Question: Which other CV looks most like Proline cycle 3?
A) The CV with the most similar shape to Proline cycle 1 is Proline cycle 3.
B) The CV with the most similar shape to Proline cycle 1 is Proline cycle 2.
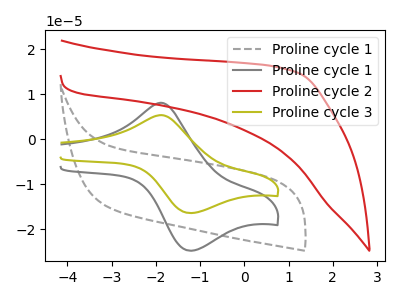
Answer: <think>The gray dashed curve "Proline cycle 1" has no peaks. The gray curve "Proline cycle 1" has an anodic peak at (-1.85V, 8.05uA) and a cathodic peak at (-1.25V, -24.75uA). The red curve "Proline cycle 2" has no peaks. The olive curve "Proline cycle 3" has an anodic peak at (-1.85V, 5.35uA) and a cathodic peak at (-1.25V, -16.40uA).
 "Proline cycle 1" and "Proline cycle 1" have a different number of peaks. Neither "Proline cycle 1" or "Proline cycle 2" have any peaks. "Proline cycle 1" and "Proline cycle 3" have a different number of peaks. "Proline cycle 1" and "Proline cycle 2" have a different number of peaks. All the peaks in "Proline cycle 1" have a peak in "Proline cycle 3" at the same potential. Every peak in "Proline cycle 1" is higher than every peak in "Proline cycle 3". "Proline cycle 2" and "Proline cycle 3" have a different number of peaks.</think>
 <answer>A) The CV with the most similar shape to "Proline cycle 1" is "Proline cycle 3".</answer>
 <eval>A</eval>